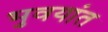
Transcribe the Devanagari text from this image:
भुवयांत